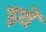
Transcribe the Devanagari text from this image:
इथें